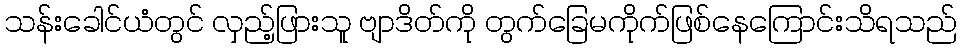
သန်းခေါင်ယံတွင် လှည့်ဖြားသူ ဗျာဒိတ်ကို တွက်ခြေမကိုက်ဖြစ်နေကြောင်းသိရသည်